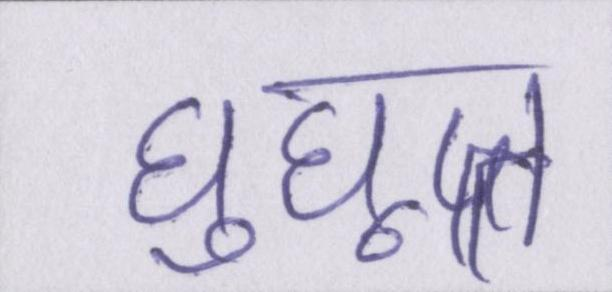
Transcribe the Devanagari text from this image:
घुघूत